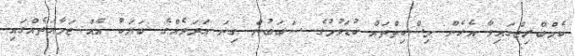
ކެމްބްރިޖްގައިވާ އެހެން މިސްކިތްތައް ކުޑަވުމުގެ ސަބަބުން ގިނަ އަދަދެއްގެ ބަޔަކު އެއް ޖަމާއަތެއްގައި